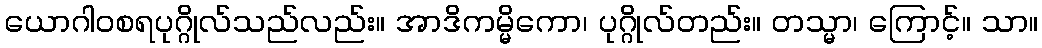
ယောဂါဝစရပုဂ္ဂိုလ်သည်လည်း။ အာဒိကမ္မိကော၊ ပုဂ္ဂိုလ်တည်း။ တသ္မာ၊ ကြောင့်။ သာ။